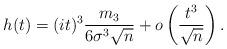
LaTeX: \begin{align*}h(t) = (it)^3 \frac{m_3}{6 \sigma^3 \sqrt{n}} + o \left( \frac{t^3}{\sqrt{n}} \right). \end{align*}